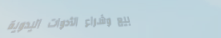
بيع وشراء الأدوات اليدوية